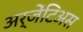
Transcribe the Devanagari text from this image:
अर्जेंटिअस